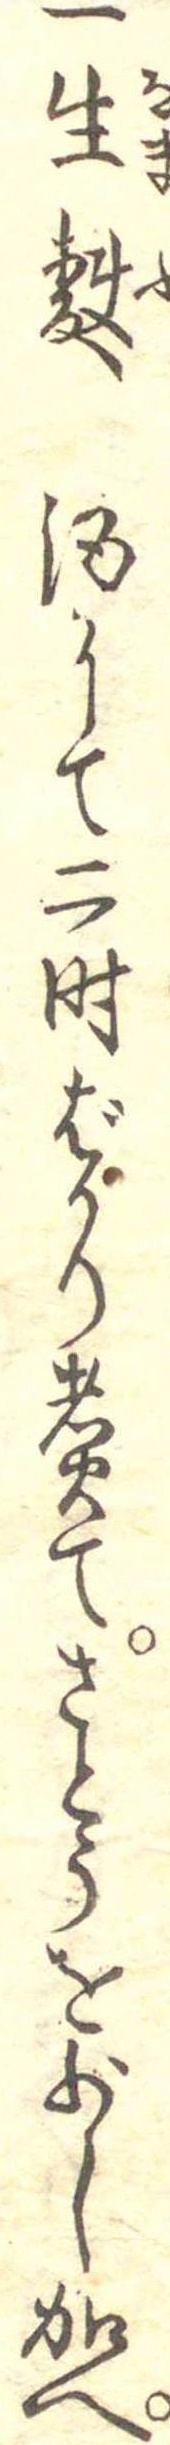
一生麩酒にて二時ばかり煮てさとうを少し加へ